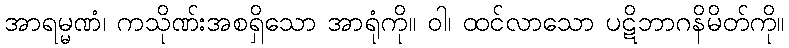
အာရမ္မဏံ၊ ကသိုဏ်းအစရှိသော အာရုံကို။ ဝါ၊ ထင်လာသော ပဋိဘာဂနိမိတ်ကို။